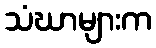
သံဃာများက